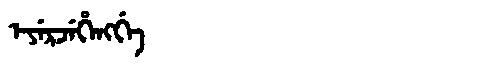
Manchu: ᡝᠶᡝᡵᠵᡝᡥᡝᠩᡤᡝ
Romanization: EYERJEHENGGE